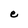
Character: e